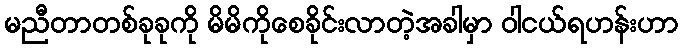
မညီတာတစ်ခုခုကို မိမိကိုစေခိုင်းလာတဲ့အခါမှာ ဝါငယ်ရဟန်းဟာ